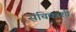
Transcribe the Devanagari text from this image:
संचिकांशी